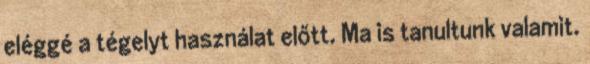
eléggé a tégelyt használat előtt. Ma is tanultunk valamit.